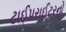
ટાઈપરાઈટરનો